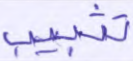
تتبيب